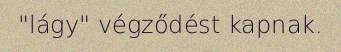
"lágy" végződést kapnak.